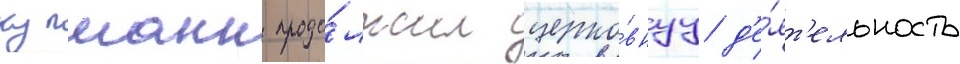
купманн продо́лжил церко́внуу д'е́ят'ельность